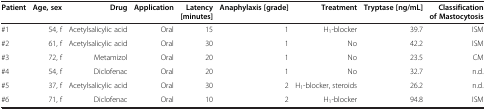
<table><thead><tr><td><b>Patient</b></td><td><b>Age, sex</b></td><td><b>Drug</b></td><td><b>Application</b></td><td><b>Latency [minutes]</b></td><td><b>Anaphylaxis [grade]</b></td><td><b>Treatment</b></td><td><b>Tryptase [ng/mL]</b></td><td><b>Classification of Mastocytosis</b></td></tr></thead><tbody><tr><td>#1</td><td>54, f</td><td>Acetylsalicylic acid</td><td>Oral</td><td>15</td><td>1</td><td>H<sub>1</sub>-blocker</td><td>39.7</td><td>ISM</td></tr><tr><td>#2</td><td>61, f</td><td>Acetylsalicylic acid</td><td>Oral</td><td>30</td><td>1</td><td>No</td><td>42.2</td><td>ISM</td></tr><tr><td>#3</td><td>72, f</td><td>Metamizol</td><td>Oral</td><td>20</td><td>1</td><td>No</td><td>23.5</td><td>CM</td></tr><tr><td>#4</td><td>54, f</td><td>Diclofenac</td><td>Oral</td><td>20</td><td>1</td><td>No</td><td>32.7</td><td>n.d.</td></tr><tr><td>#5</td><td>37, f</td><td>Acetylsalicylic acid</td><td>Oral</td><td>30</td><td>2</td><td>H<sub>1</sub>-blocker, steroids</td><td>26.2</td><td>n.d.</td></tr><tr><td>#6</td><td>71, f</td><td>Diclofenac</td><td>Oral</td><td>10</td><td>2</td><td>H<sub>1</sub>-blocker</td><td>94.8</td><td>ISM</td></tr></tbody></table>